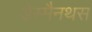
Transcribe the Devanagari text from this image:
डेस्मैनथस